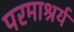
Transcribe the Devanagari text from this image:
परमाश्रर्य